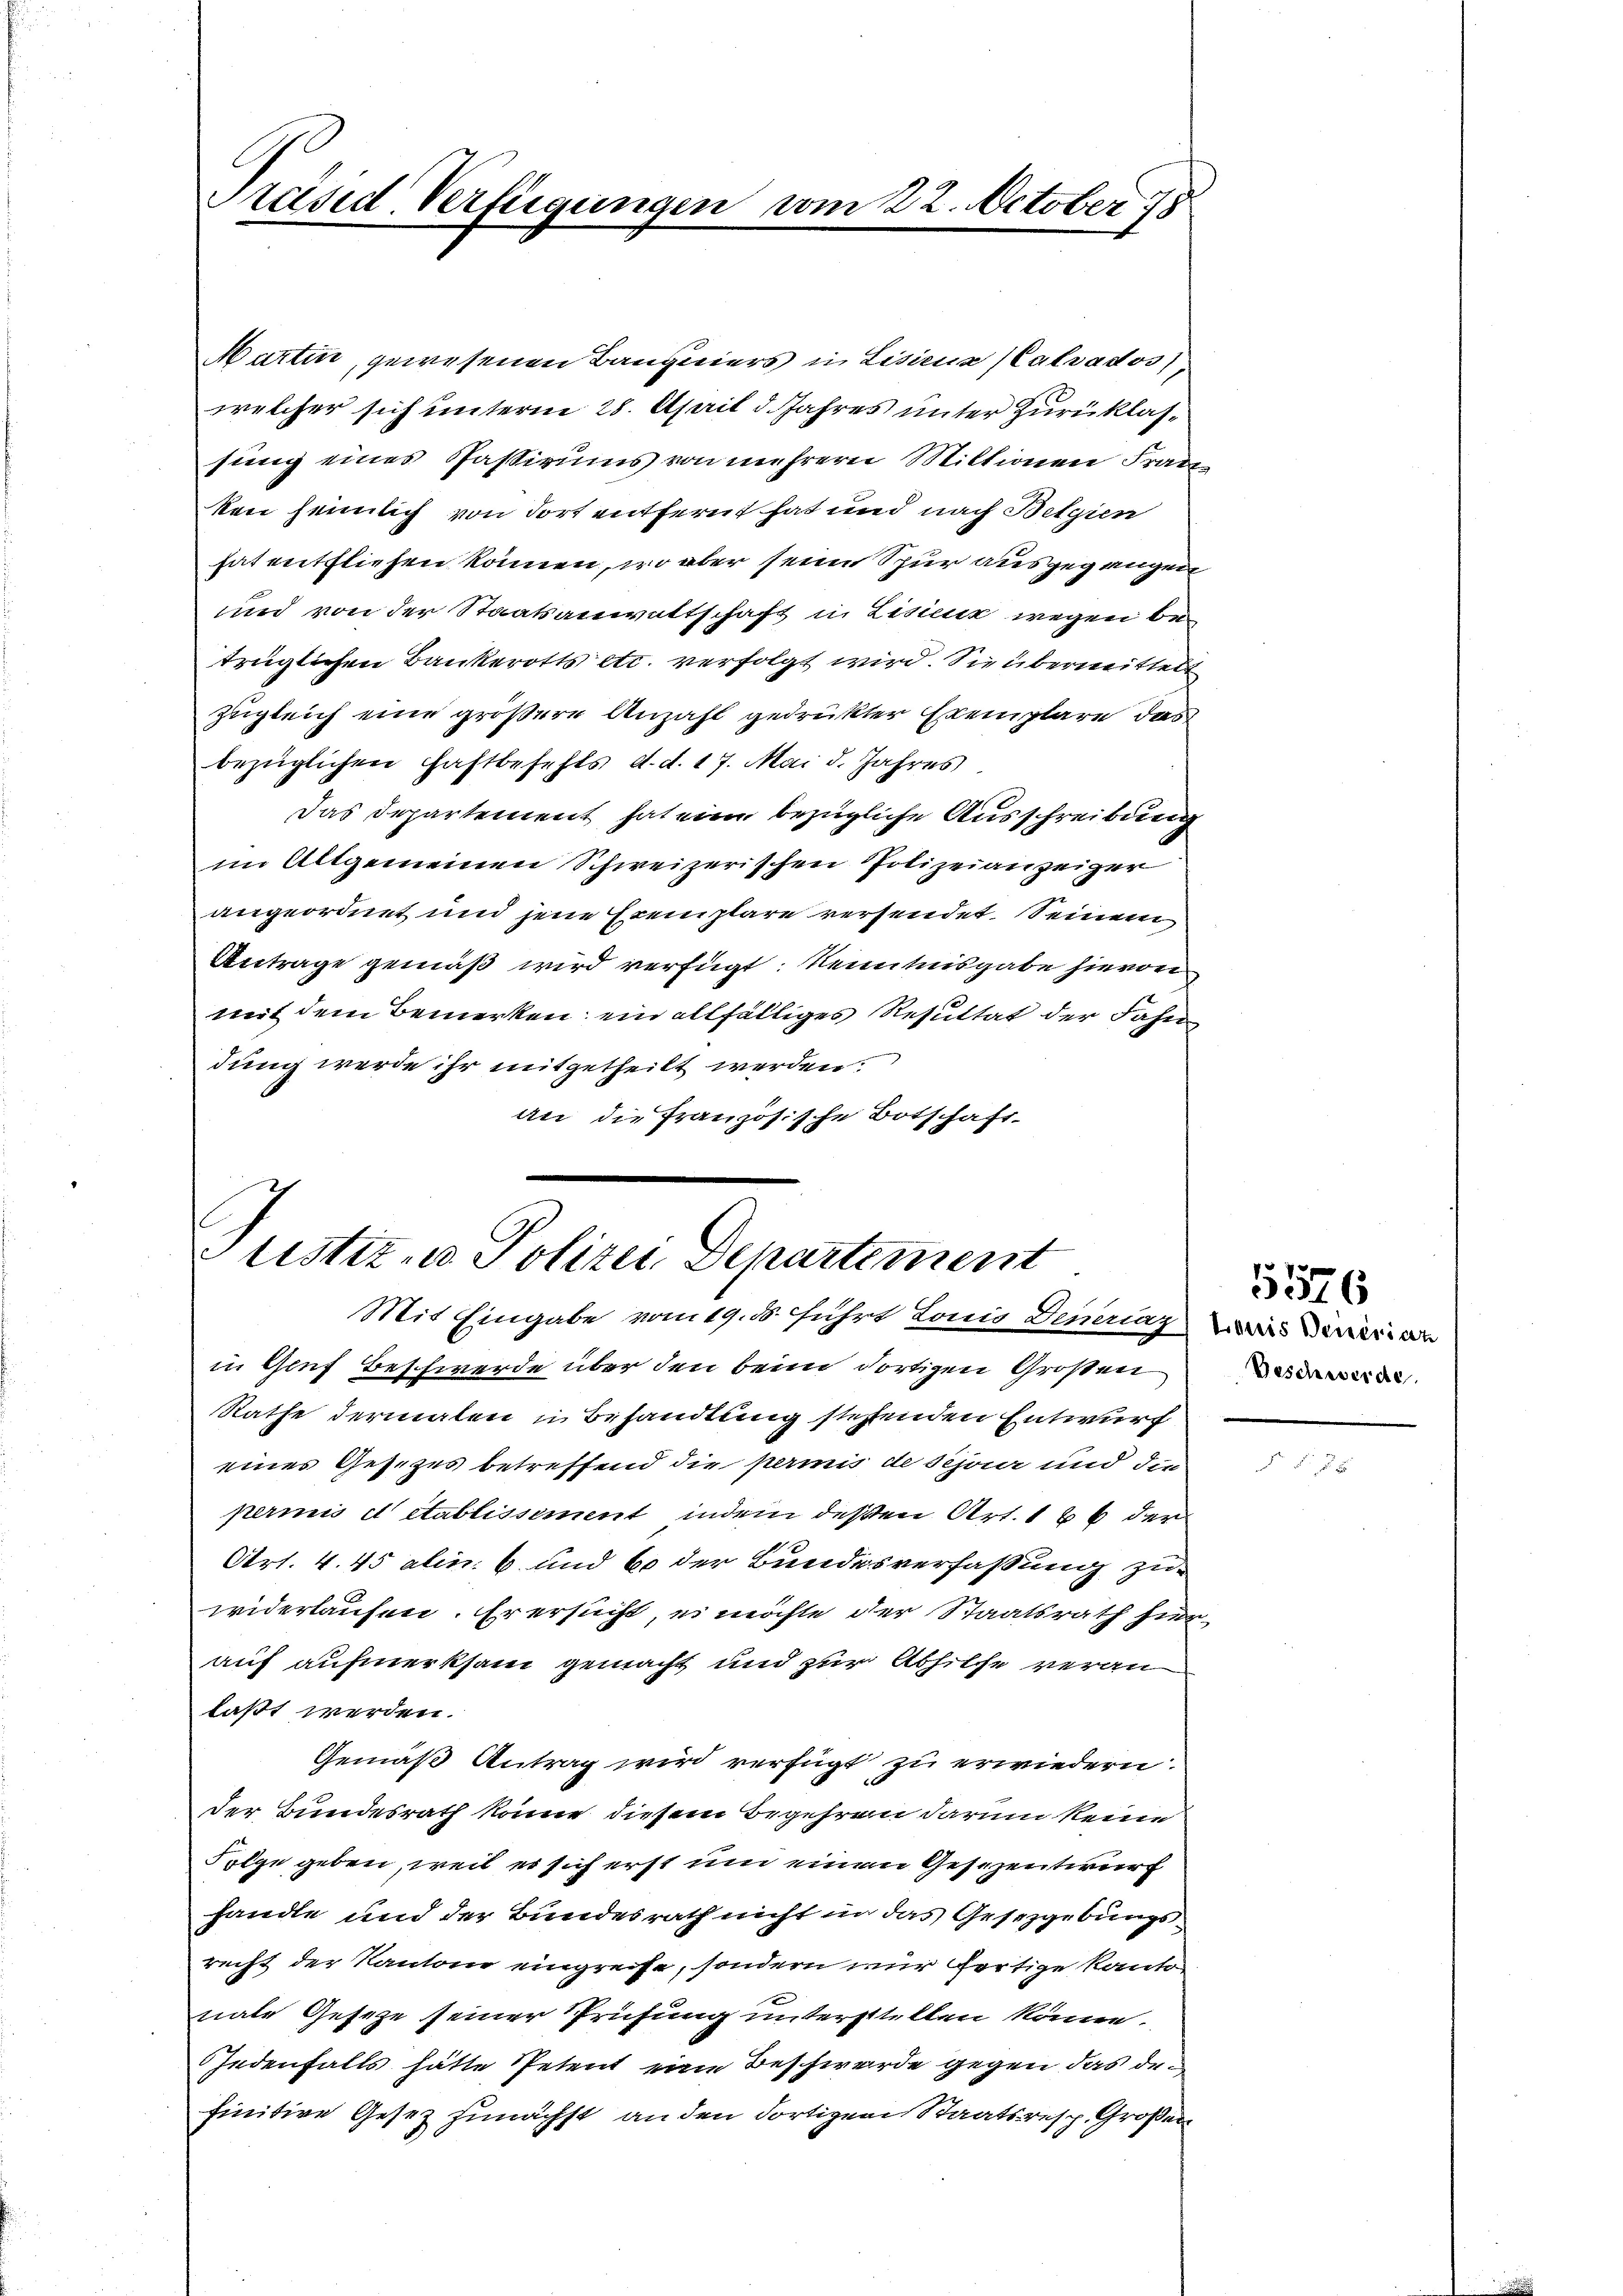
Präsid. Verfügungen vom 22. October 18

Martin, gewesenen Baugeiers in Lisiena Calvados
welcher sich unterm 28. April d. Jahres unter Zurüklassung eines Passivums von mehrern Mittionen Fran
ken heimlich von dort entfernt hat und nach Belgien
hat entfliehen können, wo aber seine Spur ausgegangen
und von der Staatsanwaltschaft in Lisiuk wegen be
trüglichen Bankerotts etc. verfolgt wird. Sie übermittelt
zugleich eine größere Anzahl gedrükter Exemplare das
bezüglichen Fastbefehls d. d. 17. Mai d. Jahres
Das Departement hat eine bezügliche Ausschreibung
im Allgemeinen Schweizerischen Polizeianzeiger
angeordnet und jene Exemplare versendet. Seinem
Antrage gemäß wird verfügt: Kenntnisgabe hievon
mit dem Bemerken: ein allfälliges Resultat der Fahn
dung werde ihr mitgetheilt werden.
An die französische Botschaft.

Justiz- u Polizei Departement
Mit Eingabe vom 19. ds. führt Louis Denunziarian

in Genf Beschwerde über den beim dortigen Großen¬
Rathe dermalen in Behandlung stehenden Entwurf
eines Gesezes betreffend die permis de Schaar und die
perinis et établissement, indem deßen Art. 166 der
Art. 4. 45 alin. 6 und 60 der Bundesverfaßung zuwiderlaufen. Er ersucht, es möchte der Staatsrath hier
auf aufmerksam gemacht und zur Abhilfe veranlaßt werden.
Gemäß Antrag wird verfügt zu erwiedern.
der Bundesrath könne diesem Begehren darum keine
Folge geben, weil er sich erst um einem Gesezentwurf
handle und der Bundesrath nicht in das Gesetzgebungsrecht der Kantone eingreife, sondern nur fertige Kanto
nate Gesetze seiner Prüfung unterstellen könne.
jedenfalls hätte Petent eine Beschwerde gegen das de
finitive Gesez zunächst an den dortigen Staatsresp. Großen

5576
Beschwerde